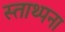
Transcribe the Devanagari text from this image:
स्ताथ्पना